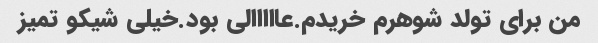
من برای تولد شوهرم خریدم.عااااالی بود.خیلی شیکو تمیز